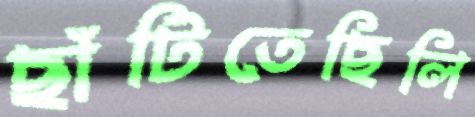
ছাঁটিতেছিলি